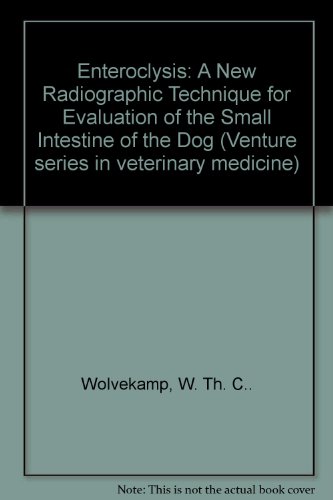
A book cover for Enteroclysis: A New Radiographic Technique for Evaluation of the Small Intestine of the Dog (Venture series in veterinary medicine); W. Th. C.. Wolvekamp; Medical Books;